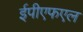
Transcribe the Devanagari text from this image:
ईपीएफएल